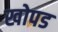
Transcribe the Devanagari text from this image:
खोपड